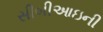
સીબીઆઇની